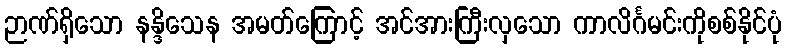
ဉာဏ်ရှိသော နန္ဒိသေန အမတ်ကြောင့် အင်အားကြီးလှသော ကာလိင်္ဂမင်းကိုစစ်နိုင်ပုံ